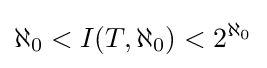
\aleph _{0}<I(T,\aleph _{0})<2^{\aleph _{0}}